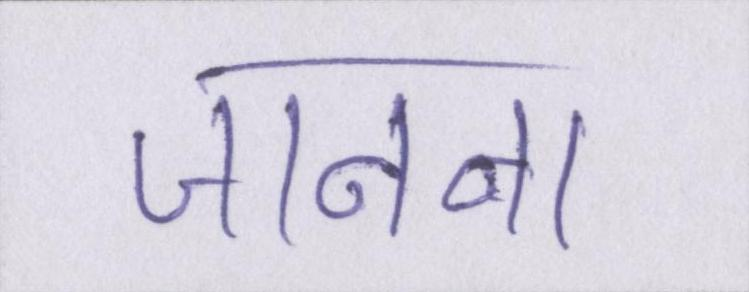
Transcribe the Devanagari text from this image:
जानना